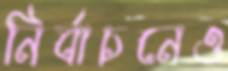
নির্বাচনেও